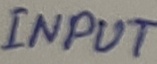
Text: INPUT